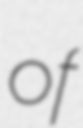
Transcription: of